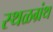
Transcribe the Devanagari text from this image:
स्थळग्रंथ